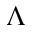
\Lambda